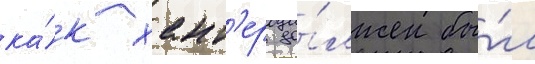
ка́к хант'ер до́лжен бы́л